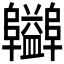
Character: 𨽪